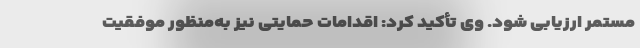
مستمر ارزیابی شود. وی تأکید کرد: اقدامات حمایتی نیز به‌منظور موفقیت